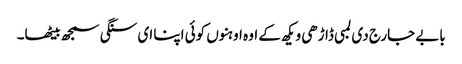
بابے جارج دی لمبی ڈاڑھی ویکھ کے اوہ اوہنوں کوئی اپنا ای سنگی سمجھ بیٹھا۔